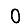
Digit: 0